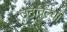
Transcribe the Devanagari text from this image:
उठविल्या